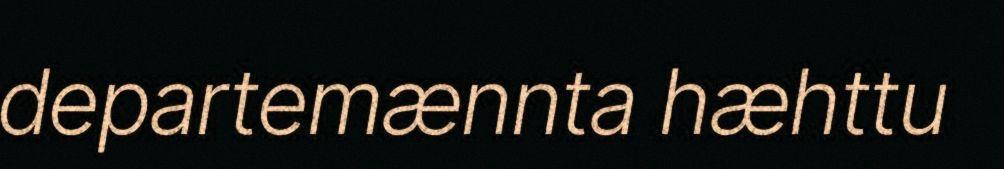
departemænnta hæhttu